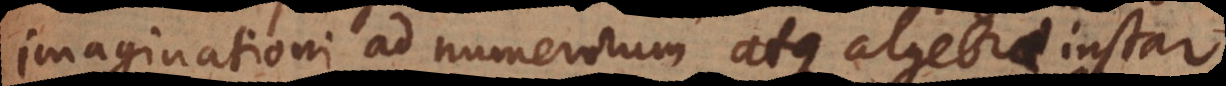
imaginationi ad numerorum atque algebrae instar